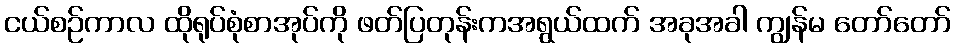
ငယ်စဉ်ကာလ ထိုရုပ်စုံစာအုပ်ကို ဖတ်ပြတုန်းကအရွယ်ထက် အခုအခါ ကျွန်မ တော်တော်